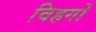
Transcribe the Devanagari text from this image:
विहगों